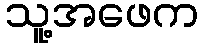
သူ့အဖေက